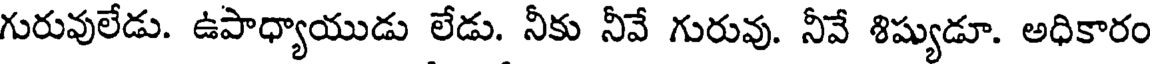
గురువులేడు. ఉపాధ్యాయుడు లేడు. నీకు నీవే గురువు. నీవే శిష్యుడూ. అధికారం